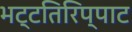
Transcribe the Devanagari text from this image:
भट्टतिरिप्पाट